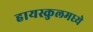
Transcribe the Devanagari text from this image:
हायस्कुलमध्ये